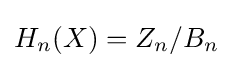
H_{n}(X)=Z_{n}/B_{n}